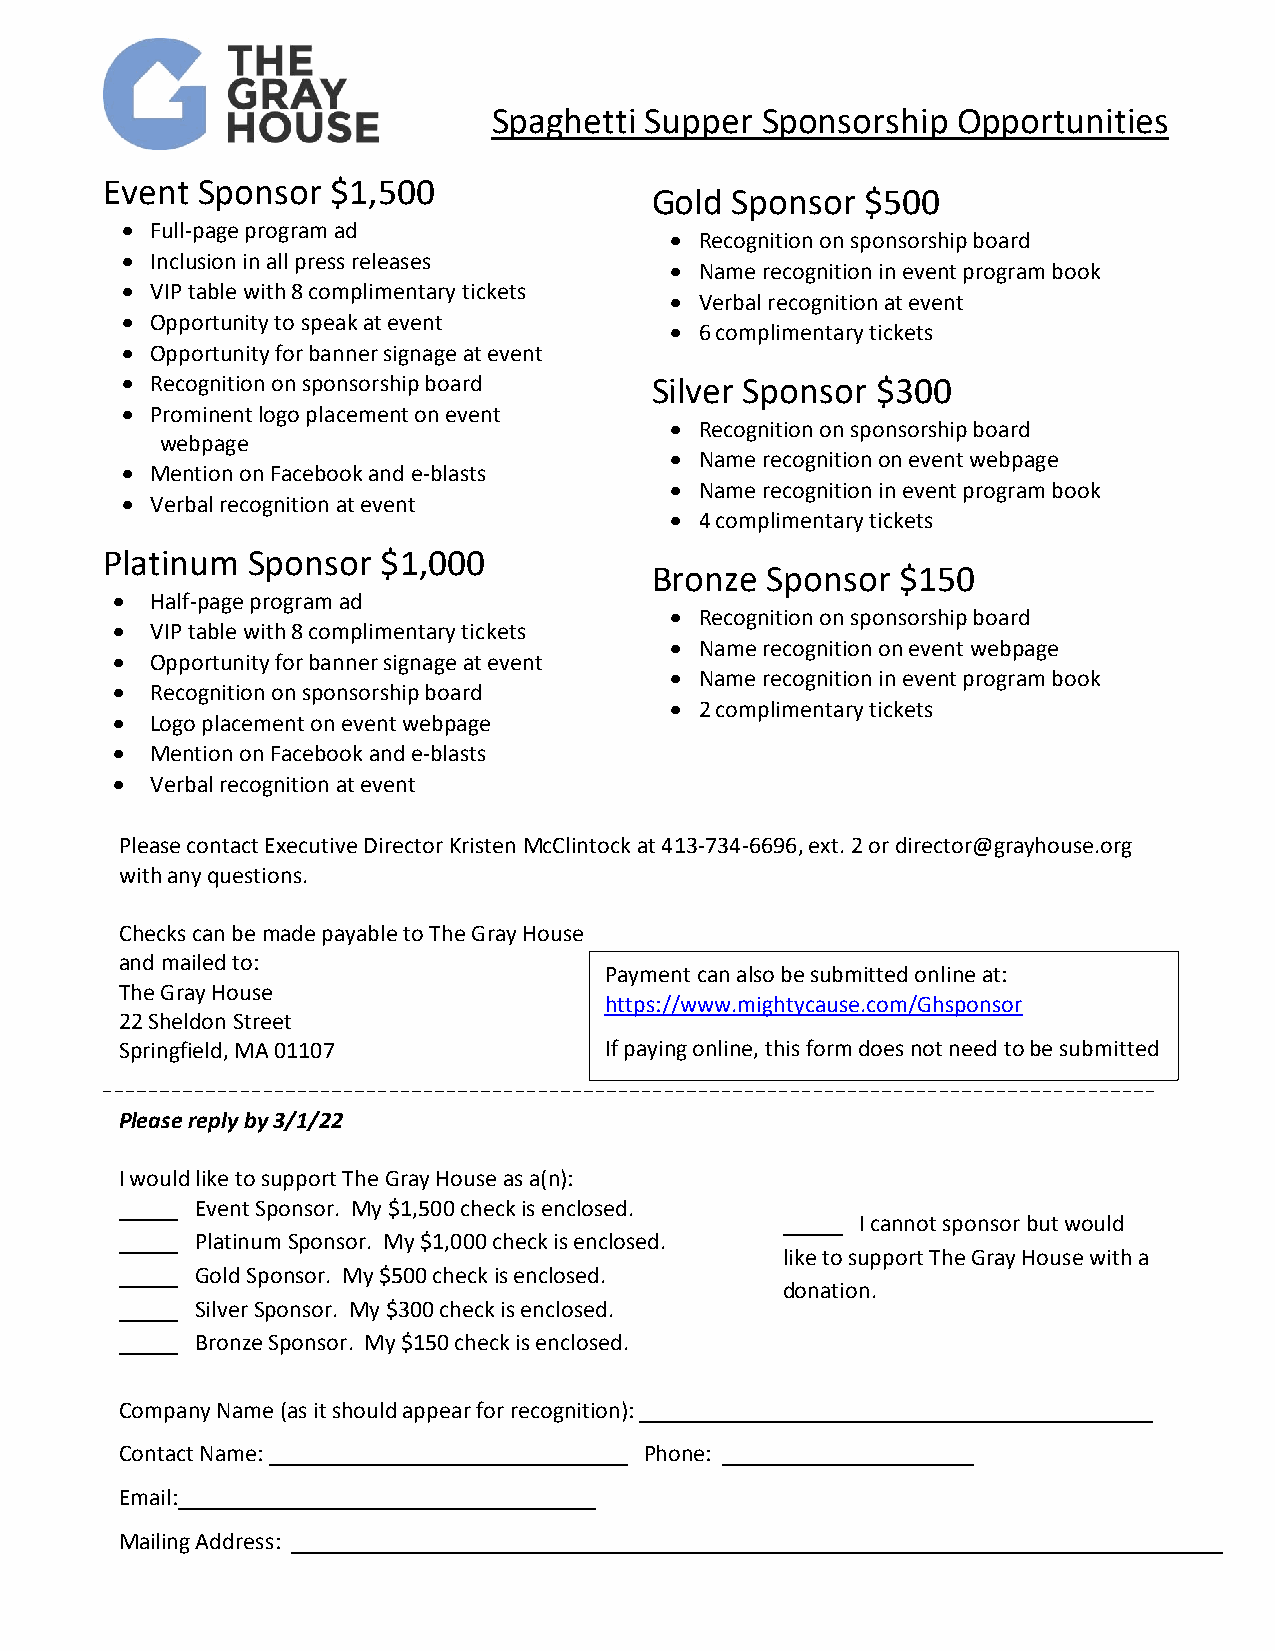
Spaghetti S upper Sponsorship Opportunities
 Opportunities
 Event Sponsor  $1,500
 Gold Sponsor  $500
 • Full-page program ad
 • Recognition on sponsorship board
 • Inclusion in all press releases
 • Name recognition in event program book
 • VIP table with 8 complimentary tickets
 • Verbal recognition at event
 • Opportunity to speak at event
 • 6 complimentary tickets
 • Opportunity for banner signage at event
 • Recognition on sponsorship board Silver Sponsor $300
 • Prominent logo placement on event
 • Recognition on sponsorship board
 webpage
 • Name recognition on event webpage
 • Mention on Facebook and e-blasts
 • Name recognition in event program book
 • Verbal recognition at event
 • 4 complimentary tickets
 Platinum Sponsor  $1,000
 Bronze  Sponsor  $150
 •  Half-page program ad
 • Recognition on sponsorship board
 •  VIP table with 8 complimentary tickets
 • Name recognition on event webpage
 •  Opportunity for banner signage at event
 • Name recognition in event program book
 •  Recognition on sponsorship board
 • 2 complimentary tickets
 •  Logo placement on event webpage
 •  Mention on Facebook and e-blasts
 •  Verbal recognition at event
 Please contact Executive Director Kristen McClintock at 413-734-6696, ext. 2 or director@grayhouse.org
 with any questions.
 Checks can be made payable to The Gray House
 and mailed to:
 Payment can also be submitted online at:
 The Gray House
 https://www.mightycause.com/Ghsponsor
 22 Sheldon Street
 Springfield, MA 01107           If paying online, this form does not need to be submitted
 Please reply by 3/1/22
 I would like to support The Gray House as a(n):
 _____ Event Sponsor. My $1,500 check is enclosed.
 _____ I cannot sponsor but would
 _____ Platinum Sponsor. My $1,000 check is enclosed.
 like to support The Gray House with a
 _____ Gold Sponsor. My $500 check is enclosed.
 donation.
 _____ Silver Sponsor. My $300 check is enclosed.
 _____ Bronze Sponsor. My $150 check is enclosed.
 Company Name (as it should appear for recognition): ___________________________________________
 Contact Name: ______________________________ Phone: _____________________
 Email:___________________________________
 Mailing Address: ______________________________________________________________________________